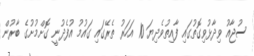
ސުޖާއު ވިދާޅުވިގޮތުގައި ފާއިތުވެދިޔަ 10 އަހަރު ތެރޭގައި ގައުމު އުފެދުނީ ގޮށްމުށުގެ ބާރުން